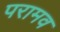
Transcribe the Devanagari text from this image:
परामव